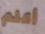
أعلم